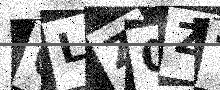
Text: CLZ0ZT